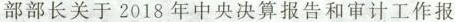
部部长关于2018年中央决算报告和审计工作报